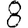
Digit: 8